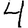
Digit: 4